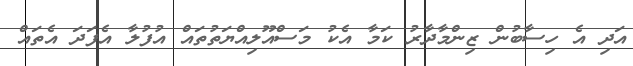
އަދި އެ ހިސާބުން ޒިންމާދާރު ކަމާ އެކުު މަސްއޫލިއްޔަތުތައް އުފުލާ އެފަދަ އެތައް